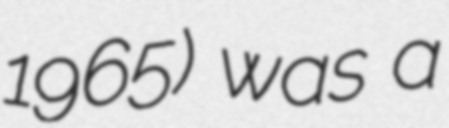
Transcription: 1965) was a